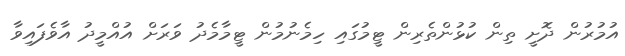
އުމުރުން ދޮށީ ތިން ކުޅުންތެރިން ޓީމުގައި ހިމެނުމުން ޓީމާމެދު ވަރަށް އުއްމީދު އާވެފައިވާ